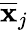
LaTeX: \overline{{\mathbf{x}}}_{j}